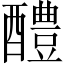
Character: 醴